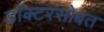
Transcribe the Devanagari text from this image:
डॉक्टरसोबत